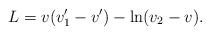
LaTeX: \begin{align*}L=v(v'_1-v')-\ln (v_2-v).\end{align*}